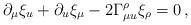
LaTeX: \begin{align*}\partial_{\mu} \xi_{u} + \partial_{u} \xi_{\mu} - 2 \Gamma_{\mu u}^{\rho}\xi_{\rho} =0\,,\end{align*}